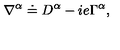
\nabla ^ { \alpha } \doteq D ^ { \alpha } - i e \Gamma ^ { \alpha } ,